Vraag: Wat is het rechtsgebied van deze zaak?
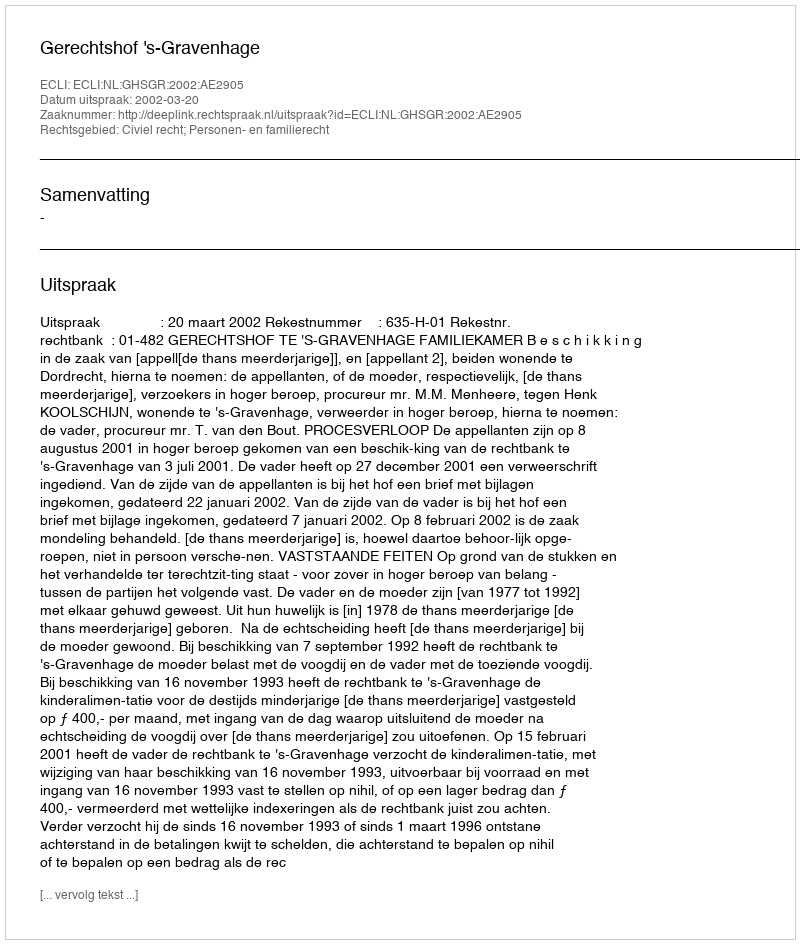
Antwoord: Civiel recht; Personen- en familierecht